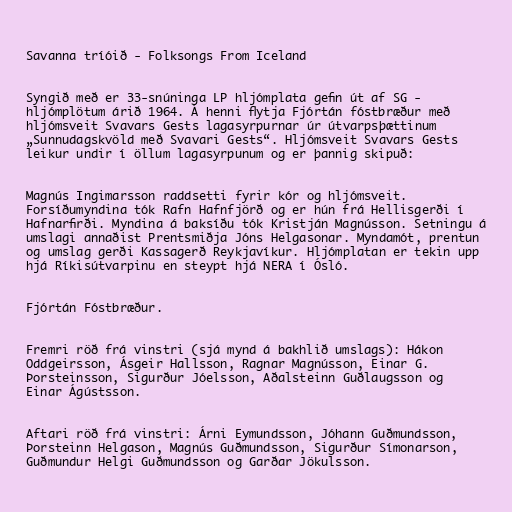
Savanna tríóið - Folksongs From Iceland

Syngið með er 33-snúninga LP hljómplata gefin út af SG -
hljómplötum árið 1964. Á henni flytja Fjórtán fóstbræður með
hljómsveit Svavars Gests lagasyrpurnar úr útvarpsþættinum
„Sunnudagskvöld með Svavari Gests“. Hljómsveit Svavars Gests
leikur undir í öllum lagasyrpunum og er þannig skipuð:

Magnús Ingimarsson raddsetti fyrir kór og hljómsveit.
Forsíðumyndina tók Rafn Hafnfjörð og er hún frá Hellisgerði í
Hafnarfirði. Myndina á baksíðu tók Kristján Magnússon. Setningu á
umslagi annaðist Prentsmiðja Jóns Helgasonar. Myndamót, prentun
og umslag gerði Kassagerð Reykjavíkur. Hljómplatan er tekin upp
hjá Ríkisútvarpinu en steypt hjá NERA í Ósló.

Fjórtán Fóstbræður.

Fremri röð frá vinstri (sjá mynd á bakhlið umslags): Hákon
Oddgeirsson, Ásgeir Hallsson, Ragnar Magnússon, Einar G.
Þorsteinsson, Sigurður Jóelsson, Aðalsteinn Guðlaugsson og
Einar Ágústsson.

Aftari röð frá vinstri: Árni Eymundsson, Jóhann Guðmundsson,
Þorsteinn Helgason, Magnús Guðmundsson, Sigurður Símonarson,
Guðmundur Helgi Guðmundsson og Garðar Jökulsson.